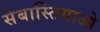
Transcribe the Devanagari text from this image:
सेबास्तियाओ